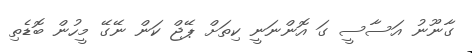
ގާނޫނު އަސާސީ ގަ އޮންނަނީ ކިތަށް ޕޭޖް ކަން ނޭގޭ މީހުން ބޮޑެތި